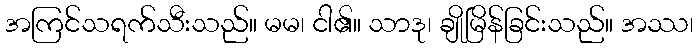
အကြင်သရက်သီးသည်။ မမ၊ ငါ၏။ သာဒု၊ ချိုမြိန်ခြင်းသည်။ အဿ၊